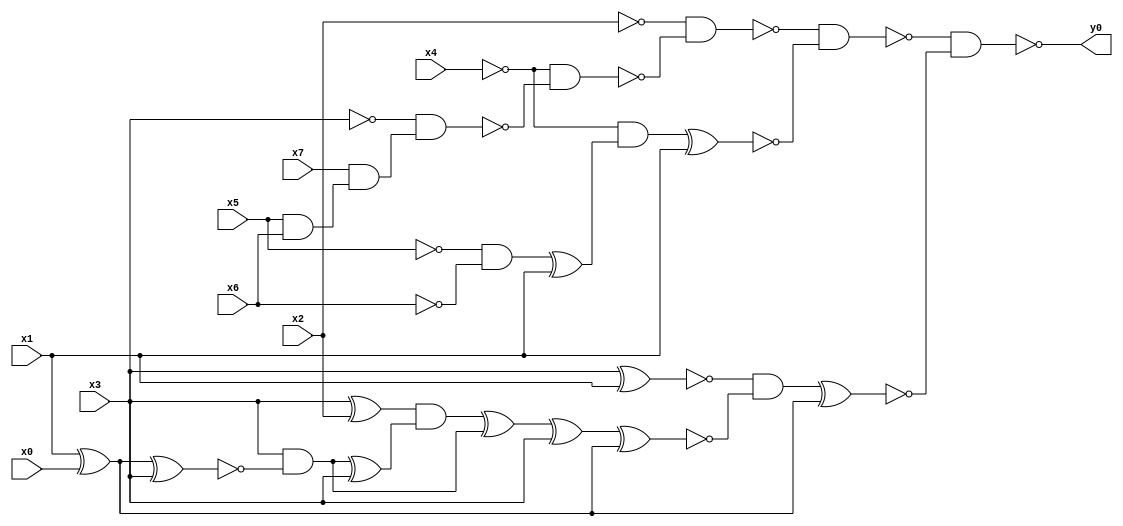
module top( x0 , x1 , x2 , x3 , x4 , x5 , x6 , x7 , y0 );
  input x0 , x1 , x2 , x3 , x4 , x5 , x6 , x7 ;
  output y0 ;
  wire n9 , n10 , n11 , n12 , n13 , n14 , n15 , n16 , n17 , n18 , n19 , n20 , n21 , n22 , n23 , n24 , n25 , n26 , n27 , n28 , n29 , n30 , n31 ;
  assign n9 = x5 & x6 ;
  assign n10 = x7 & n9 ;
  assign n11 = ~x3 & n10 ;
  assign n12 = ~x4 & ~n11 ;
  assign n13 = ~x2 & ~n12 ;
  assign n14 = ~x5 & ~x6 ;
  assign n15 = n14 ^ x1 ;
  assign n16 = ~x4 & n15 ;
  assign n17 = n16 ^ x1 ;
  assign n18 = ~n13 & ~n17 ;
  assign n19 = x3 ^ x1 ;
  assign n20 = x3 ^ x2 ;
  assign n21 = x1 ^ x0 ;
  assign n22 = n21 ^ x3 ;
  assign n23 = x3 & ~n22 ;
  assign n24 = n23 ^ x3 ;
  assign n25 = n20 & n24 ;
  assign n26 = n25 ^ n23 ;
  assign n27 = n26 ^ x3 ;
  assign n28 = n27 ^ n21 ;
  assign n29 = ~n19 & ~n28 ;
  assign n30 = n29 ^ n21 ;
  assign n31 = ~n18 & ~n30 ;
  assign y0 = ~n31 ;
endmodule